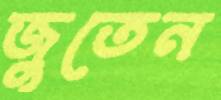
জুতেন